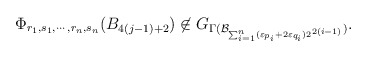
\begin{align*}\Phi_{r_1, s_1, \cdots, r_n, s_n}(B_{4(j-1) +2}) \not\in G_{\Gamma(\mathcal{B}_{\sum_{i=1}^n(\varepsilon_{p_i} + 2 \varepsilon_{q_i}) 2^{2(i-1)}})}.\end{align*}